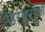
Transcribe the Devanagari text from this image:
ऐंडरसननेक्षो